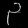
Digit: ၃